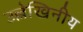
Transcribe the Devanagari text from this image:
उल्लेखिनीय